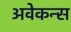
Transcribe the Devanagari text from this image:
अवेकन्स